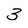
Character: 3